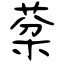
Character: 棻